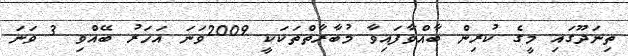
ތިނަދޫގައި މީގެ ކުރިން ބާއްވާފައިވާ މުބާރާތްތަކަކީ 2009ވަނަ އަހަރު ބޭއްވި 3 ވަނަ